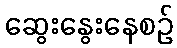
ဆွေးနွေးနေစဉ်